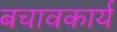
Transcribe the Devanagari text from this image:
बचावकार्य